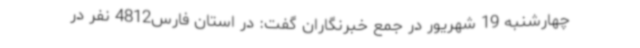
چهارشنبه 19 شهریور در جمع خبرنگاران گفت: در استان فارس4812 نفر در